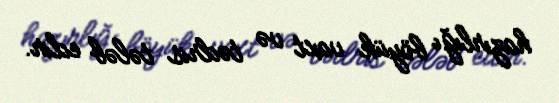
hazırlığı böyük vaxt və tədris tələb edir.